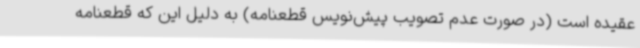
عقیده است (در صورت عدم تصویب پیش‌نویس قطعنامه) به دلیل این که قطعنامه